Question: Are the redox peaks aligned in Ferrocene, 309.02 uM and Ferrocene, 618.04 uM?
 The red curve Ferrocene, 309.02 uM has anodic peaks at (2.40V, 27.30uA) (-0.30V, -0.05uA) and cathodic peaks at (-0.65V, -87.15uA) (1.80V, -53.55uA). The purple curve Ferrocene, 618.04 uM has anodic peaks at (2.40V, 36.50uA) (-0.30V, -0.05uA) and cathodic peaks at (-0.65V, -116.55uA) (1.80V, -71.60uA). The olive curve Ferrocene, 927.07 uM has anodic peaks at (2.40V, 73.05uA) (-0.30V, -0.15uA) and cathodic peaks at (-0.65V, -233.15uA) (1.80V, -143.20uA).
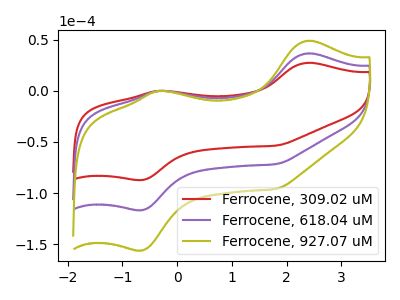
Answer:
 <answer>Yes, "Ferrocene, 309.02 uM" have a peak in "Ferrocene, 618.04 uM" at the same potential.</answer>
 <eval>match</eval>